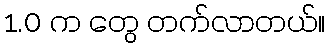
1.0 က တွေ တက်လာတယ်။